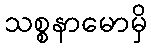
သစ္စနာမောမှိ